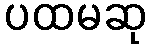
ပထမဆု